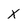
Character: X